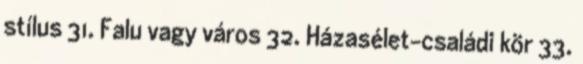
stílus 31. Falu vagy város 32. Házasélet-családi kör 33.